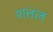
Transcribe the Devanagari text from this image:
शत्तल